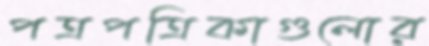
পত্রপত্রিকাগুলোর